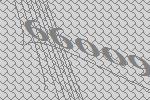
66009